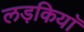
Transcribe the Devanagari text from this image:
लड़कियाॅ